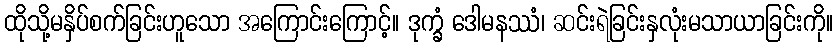
ထိုသို့မနှိပ်စက်ခြင်းဟူသော အကြောင်းကြောင့်။ ဒုက္ခံ ဒေါမနဿံ၊ ဆင်းရဲခြင်းနှလုံးမသာယာခြင်းကို။